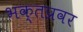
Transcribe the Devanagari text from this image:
भक्तप्रवर